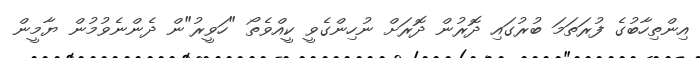
އިންތިހާބުގެ ފުރަތަމަ ބުރުގައި ދޮރުން ދޮރަށް ނުހިންގެވީ ކީއްވެތޯ "ހަވީރު"ން ދެންނެވުމުން ޔާމީން